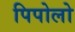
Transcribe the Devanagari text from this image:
पिपोलो